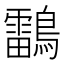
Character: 𪆼